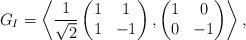
LaTeX: \begin{align*}G_I = \left\langle \frac{1}{\sqrt{2}} \begin{pmatrix}1 & 1 \\1 & -1\end{pmatrix},\begin{pmatrix}1 & 0 \\0 & -1\end{pmatrix}\right\rangle,\end{align*}